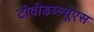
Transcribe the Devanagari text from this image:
टीवीडब्ल्यूएस